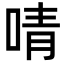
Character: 啨